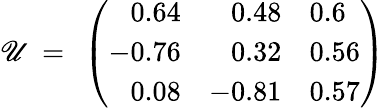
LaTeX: \mathscr{U}\ =\ \left(\begin{array}{rrl}{{0.64}}&{{0.48}}&{{0.6}}\\ {{-0.76}}&{{0.32}}&{{0.56}}\\ {{0.08}}&{{-0.81}}&{{0.57}}\end{array}\right)